Annual report on the Civil Veterinary Department, Burma (including the Insein Veterinary School) - 1932-1941
Year: 1932
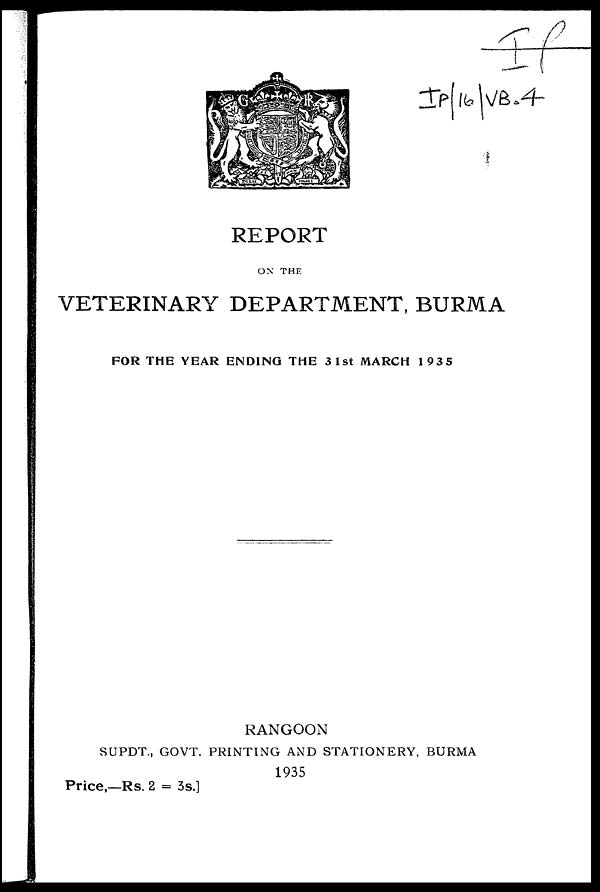
REPORT
ON THE
VETERINARY DEPARTMENT, BURMA
FOR THE YEAR ENDING THE 31st MARCH 1935
RANGOON
SUPDT., GOVT. PRINTING AND STATIONERY, BURMA
1935
Price,—Rs. 2 = 3s.]